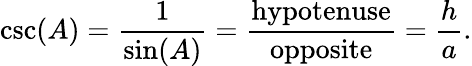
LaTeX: \csc(A)={\frac{1}{\sin(A)}}={\frac{\textrm{hypotenuse}}{\textrm{opposite}}}={\frac{h}{a}}.